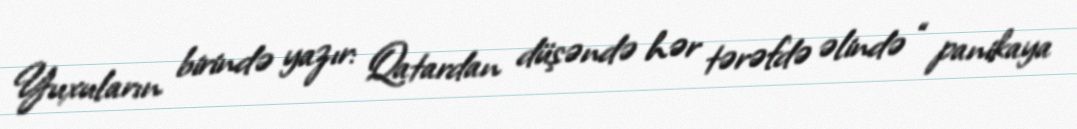
Yuxuların birində yazır: Qatardan düşəndə hər tərəfdə əlində “ panikaya